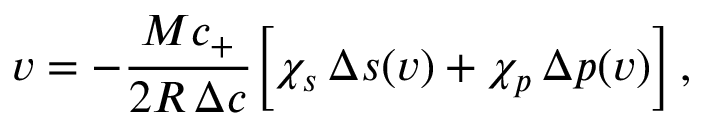
v = - \frac { M c _ { + } } { 2 R \, \Delta c } \Big [ \chi _ { s } \, \Delta s ( v ) + \chi _ { p } \, \Delta p ( v ) \Big ] \, ,